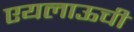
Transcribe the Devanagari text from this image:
एयलाऊची